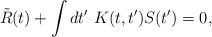
LaTeX: \begin{align*}\tilde{R}(t) + \int dt'\ K(t,t')S(t') = 0,\end{align*}